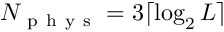
N _ { \mathrm { ~ p ~ h ~ y ~ s ~ } } = 3 \lceil \log _ { 2 } L \rceil